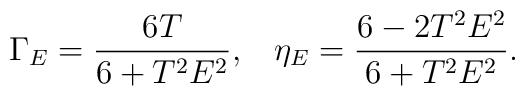
\Gamma _E=\frac{6T}{6+T^2E^2},\;\;\;\eta _E=\frac{6-2T^2E^2}{6+T^2E^2}.